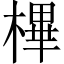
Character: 㮿